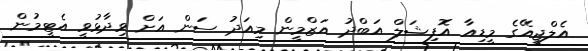
އެލްޖީއޭގެ މީޑިއާ އޮފިޝަލް އަބްދު އަޒްމީން މިއަދު ސަން އަށް ވިދާޅުވީ އެޓީމުން